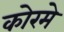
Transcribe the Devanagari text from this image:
कोरमे